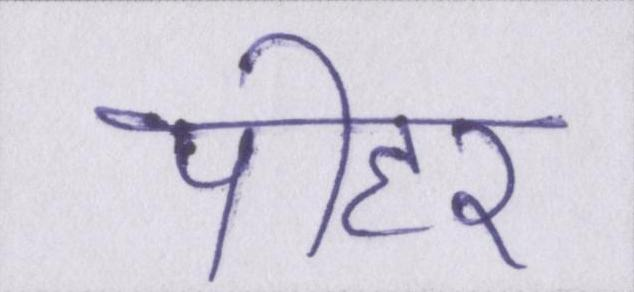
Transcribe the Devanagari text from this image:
पीहर